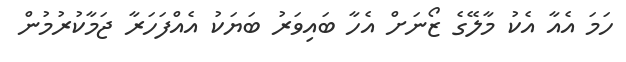
ހަމަ އެއާ އެކު މާލޭގެ ޒޯނަށް އެހާ ބައިވަރު ބަޔަކު އެއްފަހަރާ ޖަމާކުރުމުން